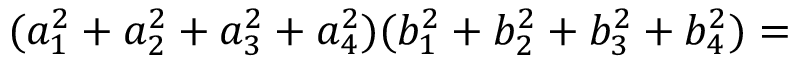
( a _ { 1 } ^ { 2 } + a _ { 2 } ^ { 2 } + a _ { 3 } ^ { 2 } + a _ { 4 } ^ { 2 } ) ( b _ { 1 } ^ { 2 } + b _ { 2 } ^ { 2 } + b _ { 3 } ^ { 2 } + b _ { 4 } ^ { 2 } ) =